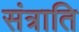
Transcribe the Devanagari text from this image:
संत्राति